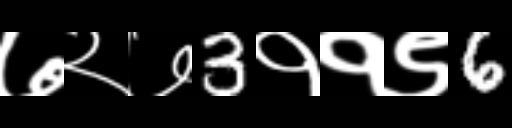
Text: ७२७3११९6